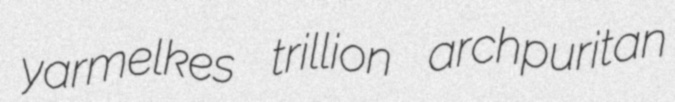
yarmelkes trillion archpuritan